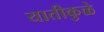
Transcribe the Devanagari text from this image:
यातीकुळे